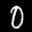
Label: 0